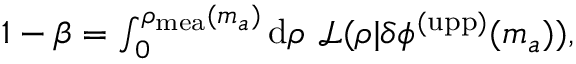
\begin{array} { r } { 1 - \beta = \int _ { 0 } ^ { \rho _ { \mathrm { m e a } } ( m _ { a } ) } \mathrm { d } \rho ~ \mathcal { L } ( \rho | \delta \phi ^ { \mathrm { ( u p p ) } } ( m _ { a } ) ) , } \end{array}